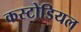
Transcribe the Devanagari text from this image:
कस्टोडियल